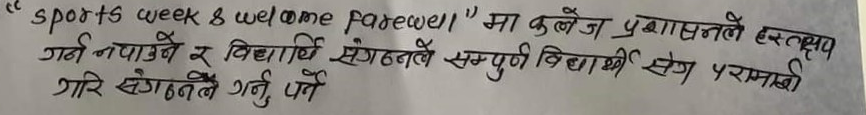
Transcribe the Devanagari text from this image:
"sports week & welcome farewell" मा कलेज प्रशासनले हस्तक्षेप
गर्न नपाउने र विद्यार्थी संगठनले सम्पुर्ण विद्यार्थी सँग परामर्शी
गरि संगठनले गर्नु पर्ने